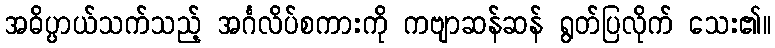
အဓိပ္ပာယ်သက်သည့် အင်္ဂလိပ်စကားကို ကဗျာဆန်ဆန် ရွတ်ပြလိုက် သေး၏။